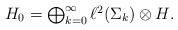
\begin{align*}H_0=\textstyle{\bigoplus_{k=0}^{\infty}\ell^2(\Sigma_k)\otimes H}.\end{align*}